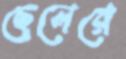
ছেলেরে